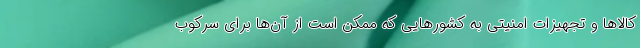
کالاها و تجهیزات امنیتی به کشورهایی که ممکن است از آن‌ها برای سرکوب